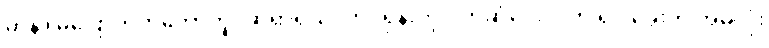
မာနာ မပြောတတ်တော့ဘူး ဆရာရယ်၊ ဘင်ရှန်းကို ပိုက်ဆံပေးလိုက် ရင် ခွေးကို အမဲလုံး